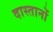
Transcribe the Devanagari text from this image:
दास्तानों